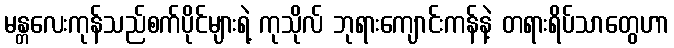
မန္တလေးကုန်သည်စက်ပိုင်များရဲ့ ကုသိုလ် ဘုရားကျောင်းကန်နဲ့ တရားရိပ်သာတွေဟာ